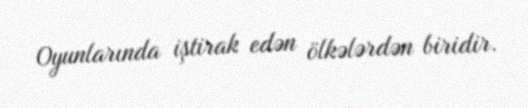
Oyunlarında iştirak edən ölkələrdən biridir.